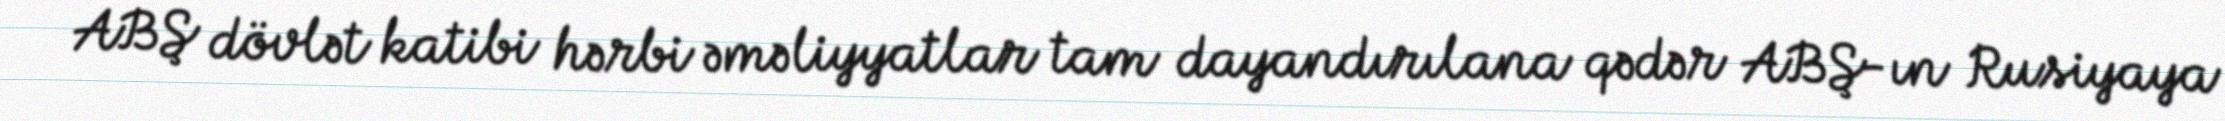
ABŞ dövlət katibi hərbi əməliyyatlar tam dayandırılana qədər ABŞ-ın Rusiyaya